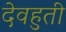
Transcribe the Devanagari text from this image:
देवहुती